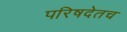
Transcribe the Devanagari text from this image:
परिषदेतच